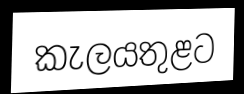
කැලයතුළට